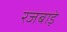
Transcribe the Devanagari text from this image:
रजबाड़े